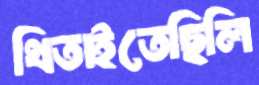
থিতাইতেছিলি